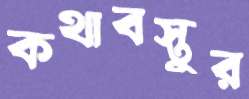
কথাবস্তুর